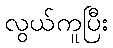
လွယ်ကူပြီး